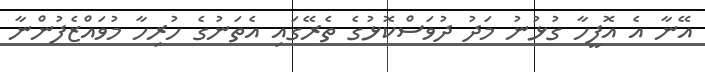
އޭނާ އެ އޮފީހާ ގުޅުނު މަދު ދުވަސްކޮޅުގެ ތެރޭގައި އެތަނުގެ ހުރިހާ މުވައްޒެފުންނާ